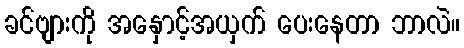
ခင်ဗျားကို အနှောင့်အယှက် ပေးနေတာ ဘာလဲ။